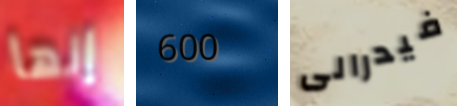
إنها 600 فيدرالى